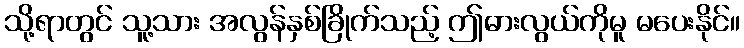
သို့ရာတွင် သူ့သား အလွန်နှစ်ခြိုက်သည့် ဤဓားလွယ်ကိုမူ မပေးနိုင်။